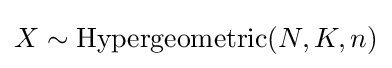
X\sim \operatorname {Hypergeometric} (N,K,n)